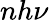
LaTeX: nh\nu